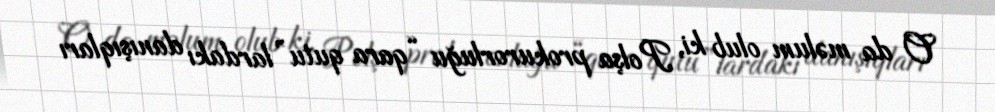
O da məlum olub ki, Polşa prokurorluğu “qara qutu”lardakı danışıqları